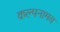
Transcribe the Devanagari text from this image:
कल्पनामय